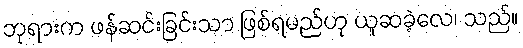
ဘုရားက ဖန်ဆင်းခြင်းသာ ဖြစ်ရမည်ဟု ယူဆခဲ့လေ၊ သည်။